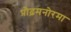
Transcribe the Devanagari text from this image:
प्रौढ़मनोरमा